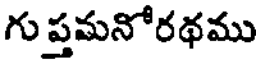
గు ప్తమనోరథము